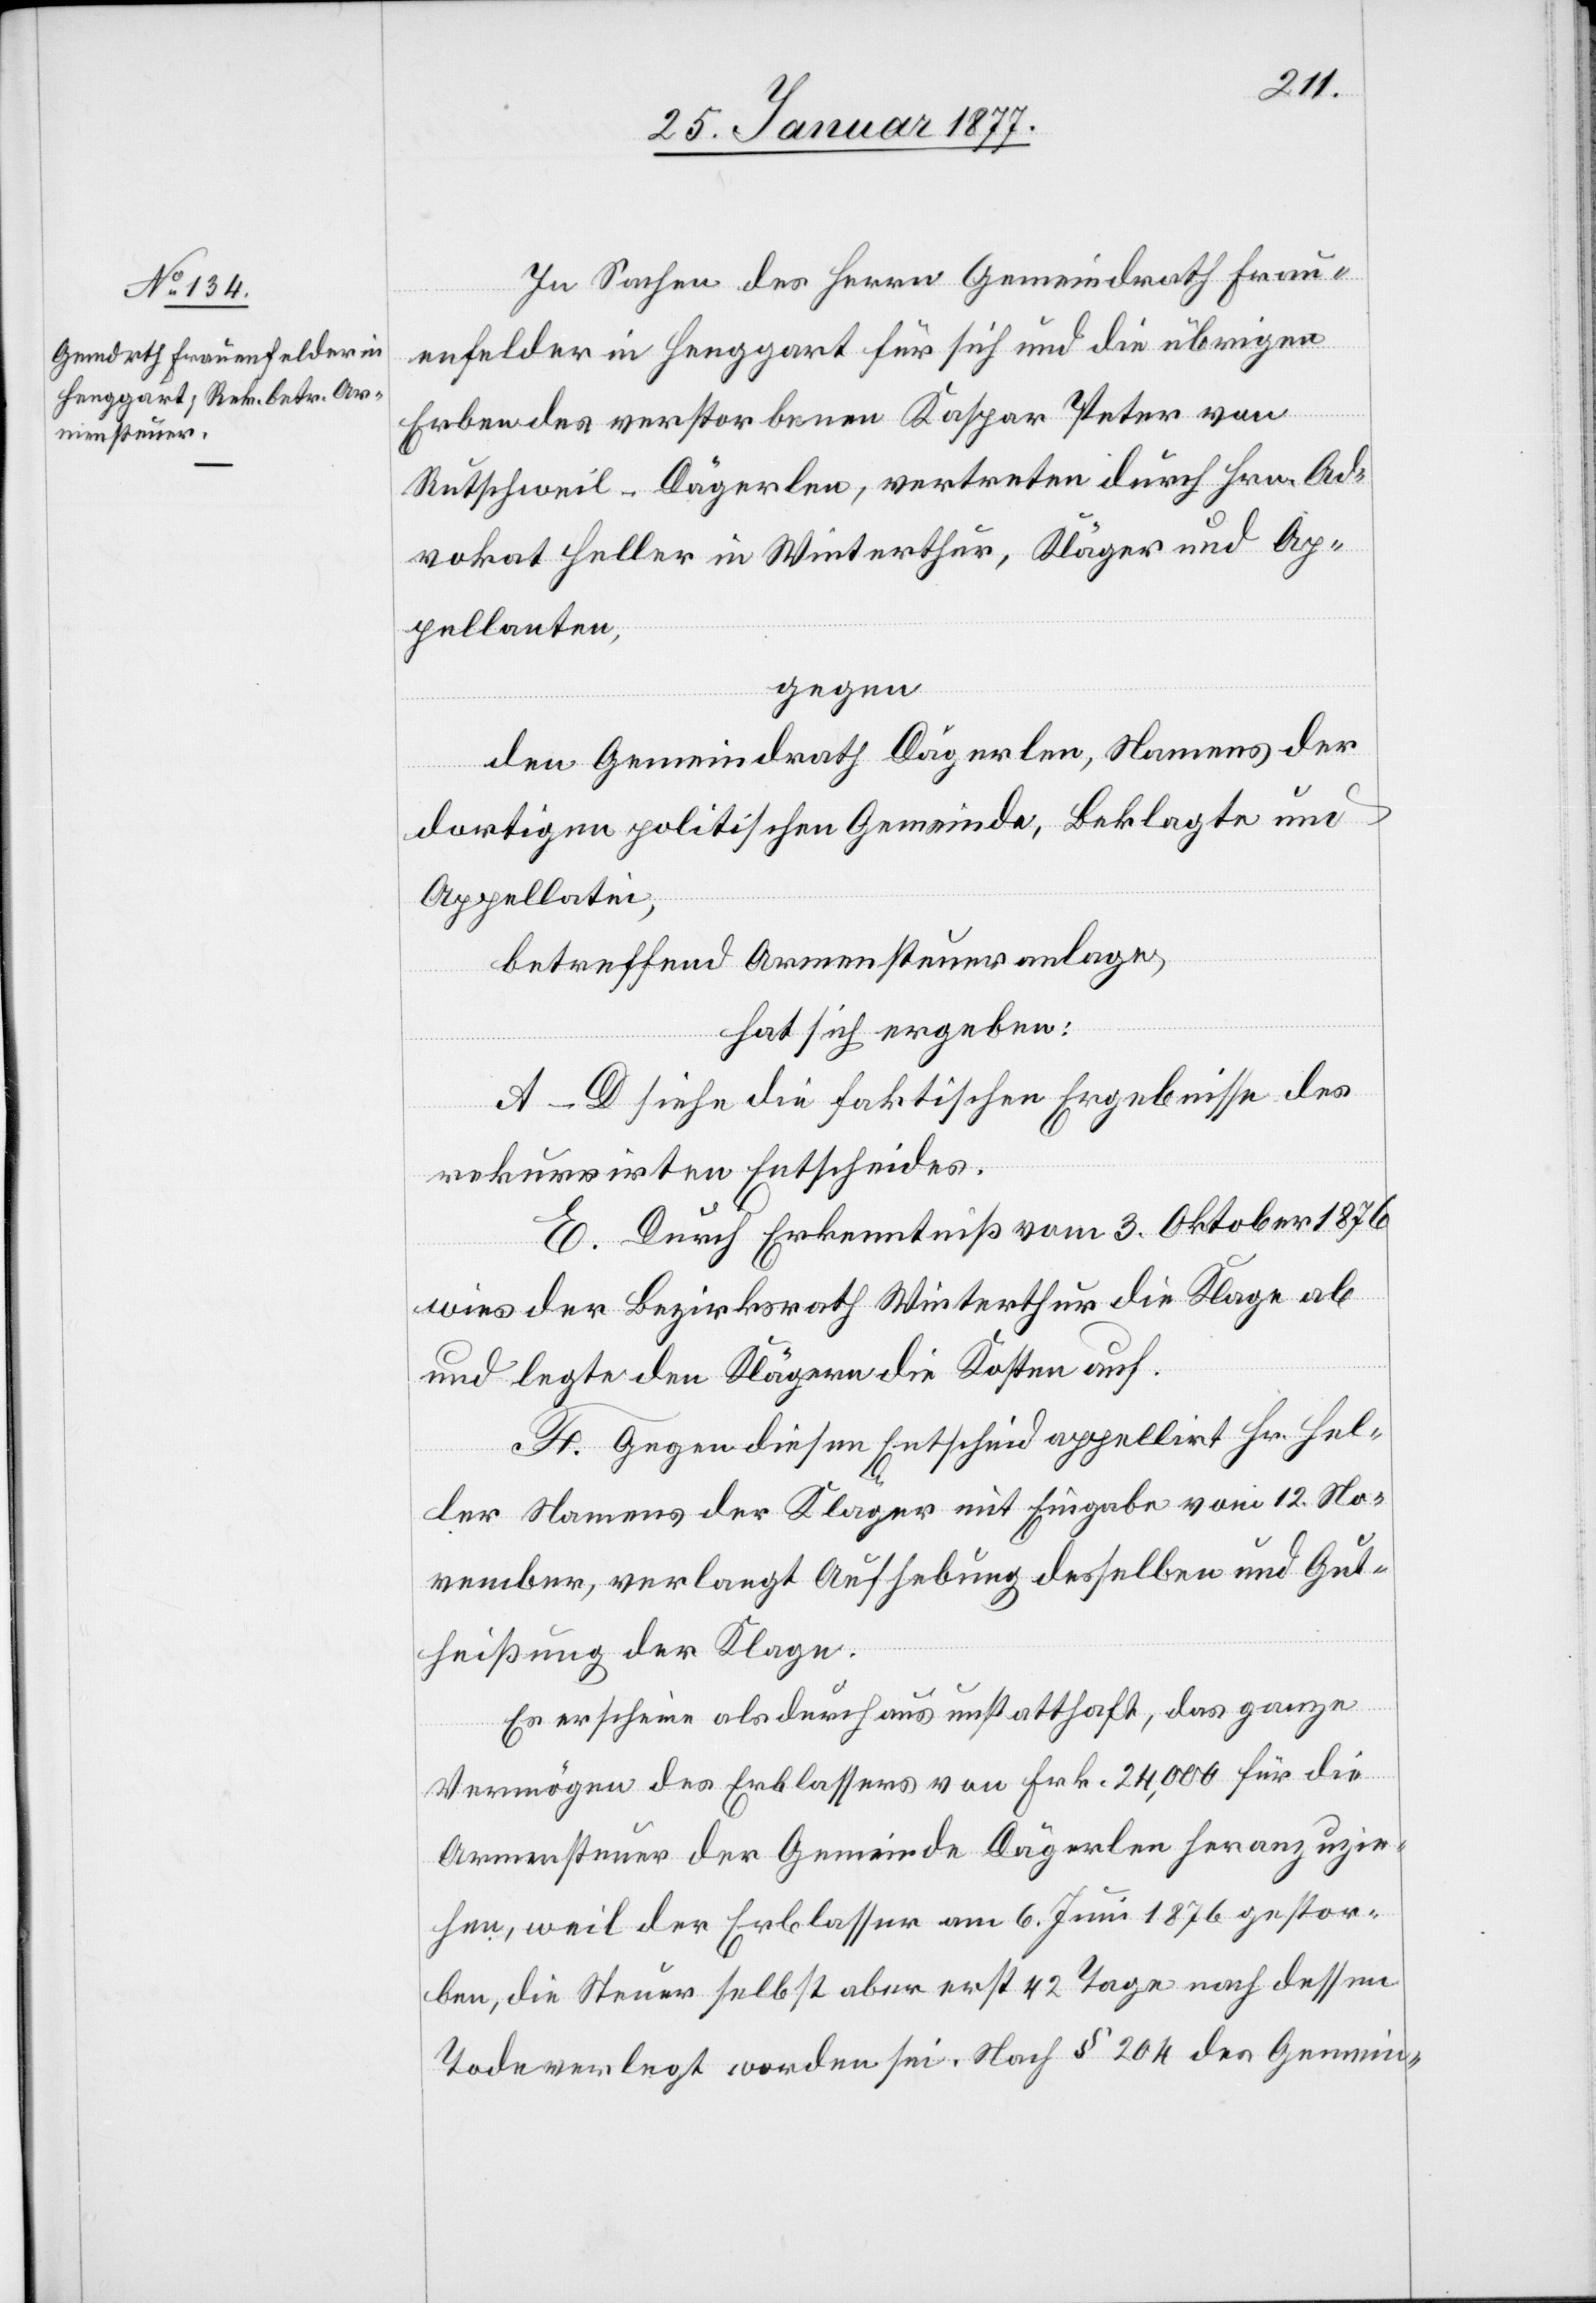
In Sachen des Herrn Gemeindrath Frau¬
enfelder in Henggart für sich und die übrigen
Erben des verstorbenen Kaspar Peter von
Rutschweil - Dägerlen, vertreten durch Hrn. Ad¬
vokat Heller in Winterthur, Kläger und Ap¬
pellanten,
gegen
den Gemeindrath Dägerlen, Namens der
dortigen politischen Gemeinde, Beklagte und
Appellatin,
betreffend Armensteueranlage,
hat sich ergeben:
A–D siehe die faktischen Ergebnisse des
rekurrirten Entscheides.
E. Durch Erkenntniß vom 3. Oktober 1876
wies der Bezirksrath Winterthur die Klage ab
und legte den Klägern die Kosten auf.
F. Gegen diesen Entscheid appellirt Hr. Hel¬
ler Namens der Kläger mit Eingabe vom 12. No¬
vember, verlangt Aufhebung desselben und Gut¬
heißung der Klage.
Es erscheine als durchaus unstatthaft, das ganze
Vermögen des Erblassers von Frk. 24,000 für die
Armensteuer der Gemeinde Dägerlen heranzuzie¬
hen, weil der Erblasser am 6. Juni 1876 gestor¬
ben, die Steuer selbst aber erst 42 Tage nach dessen
Tode verlegt worden sei. Nach § 204 des Gemein-